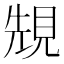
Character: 𧠺